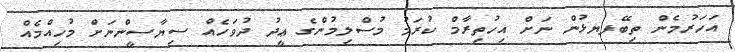
އަހަރުމެން ތިބޭފޔޅުން ނަށް އިހުތިރާމް ކުރަމު މުސްލިމުންގެ ޢީދު ދުވަހެއް ސިޔާސީންނަށް މުހިއްމެއް